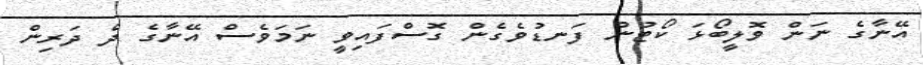
އޭނާގެ ނަން ވޮލީބޯޅަ ކޯޓުން ފަނޑުވެގެން ގޮސްފައިވީ ނަމަވެސް އޭނާގެ ދެ ދަރިން